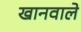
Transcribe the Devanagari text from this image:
खानवाले